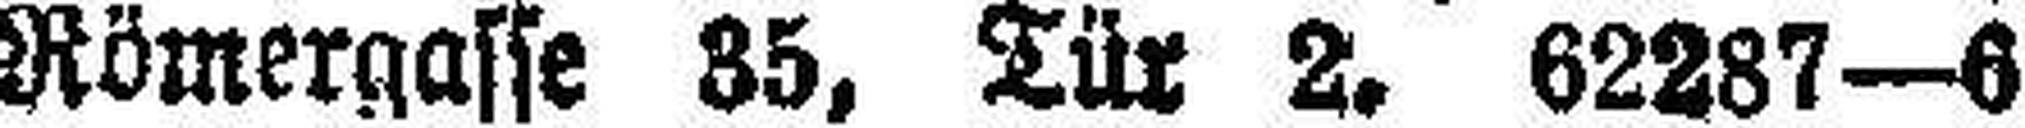
Römergasse 35, Tür 2. 62287—6